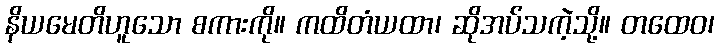
နိယမေတိဟူသော စကားကို။ ကထိတံယထာ၊ ဆိုအပ်သကဲ့သို့။ တထေဝ၊